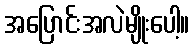
အပြောင်းအလဲမျိုးပေါ့။